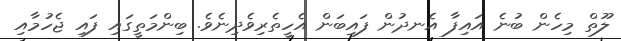
ލޫތް މިހެން ބުނެ އައިފާ އެނދުން ފައިބަން އެހީތެރިވެދިނެވެ. ބިންމަތީގައި ފައި ޖެހުމާއި